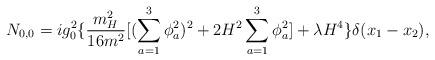
LaTeX: \begin{align*}N_{0,0}=ig_0^2\{\frac{m_H^2}{16m^2}[(\sum_{a=1}^3\phi_a^2)^2+2H^2\sum_{a=1}^3\phi_a^2]+\lambda H^4\}\delta(x_1-x_2),\end{align*}